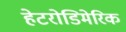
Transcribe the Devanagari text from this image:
हेटरोडिमेरिक